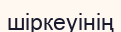
шіркеуінің